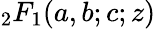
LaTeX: {}_{2}F_{1}(a,b;c;z)